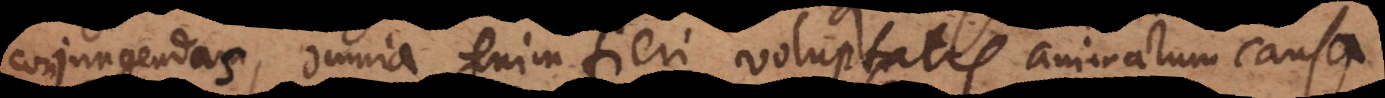
conjungendas, omnia enim fieri voluptatis animarum causa